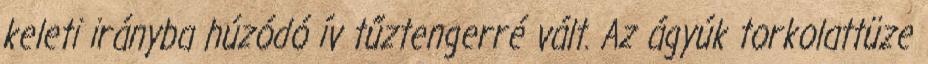
keleti irányba húzódó ív tűztengerré vált. Az ágyúk torkolattüze